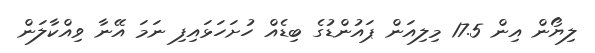
ލިޔޯން އިން 17.5 މިލިއަން ޕައުންޑުގެ ބިޑެއް ހުށަހަޅައިފި ނަމަ އޭނާ ވިއްކާލަން